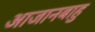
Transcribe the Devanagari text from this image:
आजानबाहु